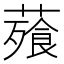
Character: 薞